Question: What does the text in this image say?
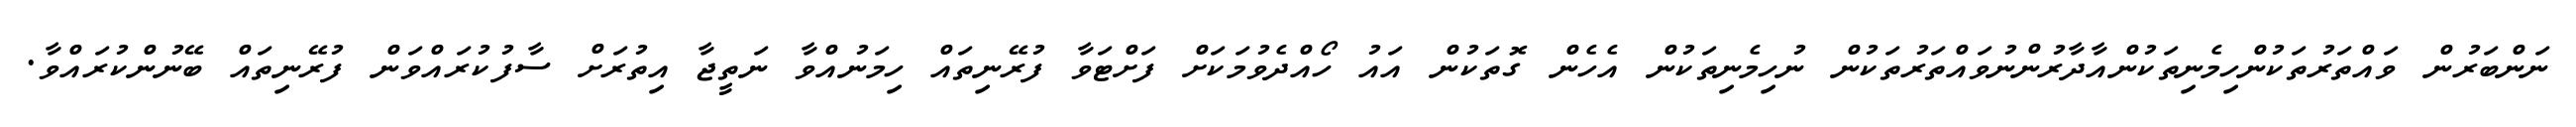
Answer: ނަންބަރުން ވައްތަރުތަކުންހިމެނިތަކުންއާދާރުންނުވައްތަރުތަކުން ނުހިމެނިތަކުން އެހެން ގޮތަކުން އައު ހޯއްދެވުމަކަށް ފަށްޓަވާ ފުރޭނިތައް ހިމަނުއްވާ ނަތީޖާ އިތުރަށް ސާފުކުރައްވަން ފުރޭނިތައް ބޭނުންކުރައްވާ.